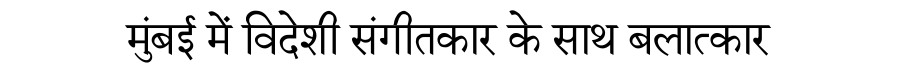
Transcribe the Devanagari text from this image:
मुंबई में विदेशी संगीतकार के साथ बलात्कार